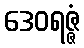
ဒေဝရဇ္ဇံ